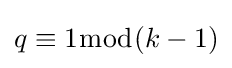
q\equiv 1{\bmod {(}}k-1)